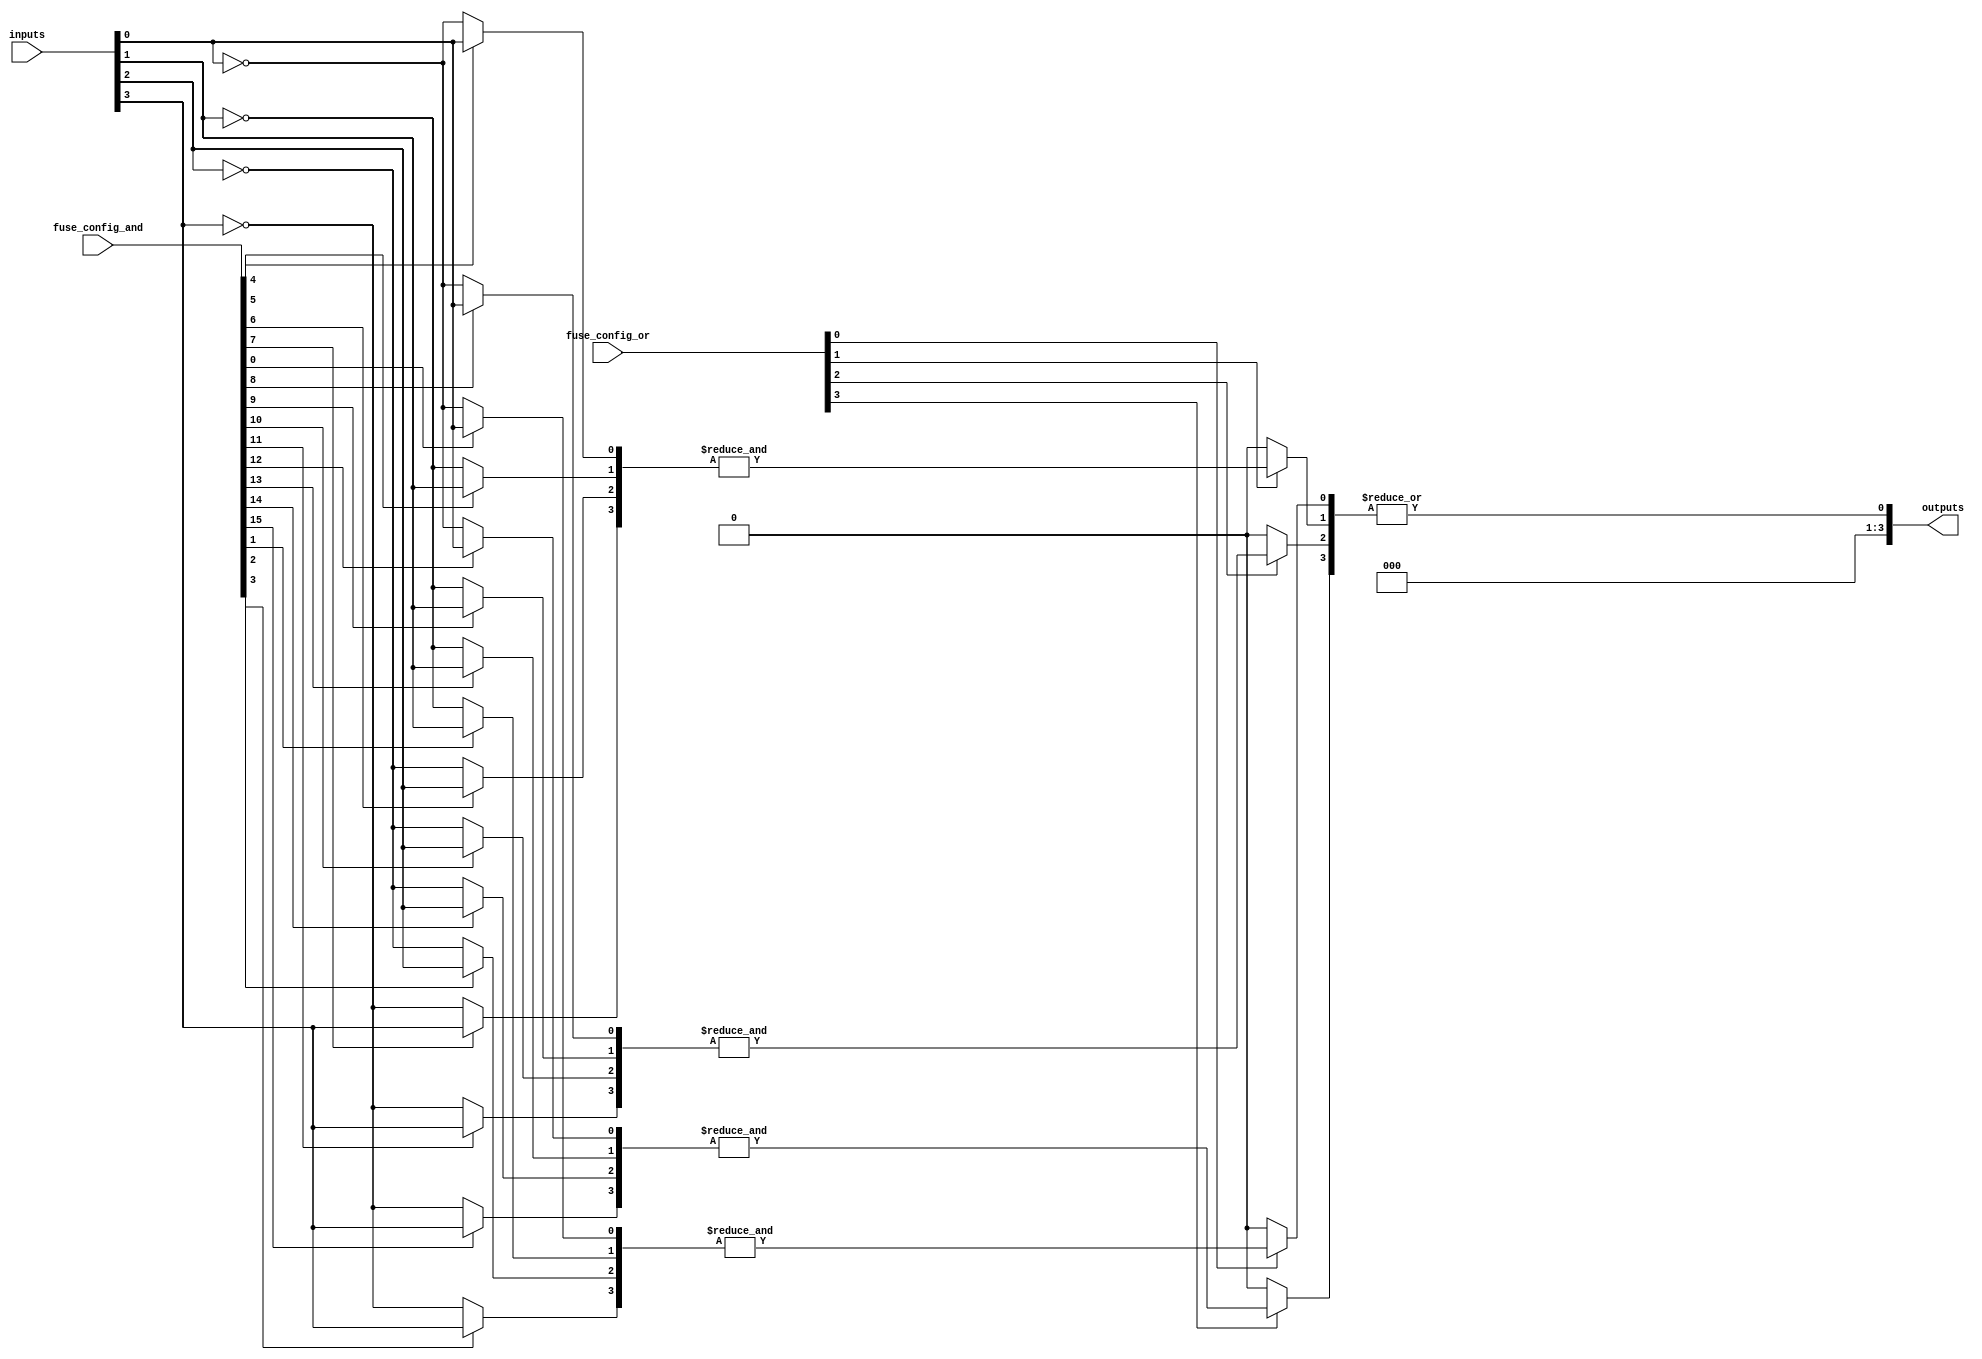
module PLA (
    input wire [N-1:0] inputs,           // N inputs
    input wire [M-1:0] fuse_config_and,   // Configuration for AND plane fuses (M rows)
    input wire [O-1:0] fuse_config_or,    // Configuration for OR plane fuses (O outputs)
    output wire [O-1:0] outputs           // Outputs
);

// Parameters
parameter N = 4;   // Number of inputs
parameter M = 16;  // Number of AND gates (product terms)
parameter O = 4;   // Number of outputs

// Declare internal wires for AND gate outputs
wire [M-1:0] and_out;

// AND Plane: programmable connections based on fuses
genvar i, j;

generate
    for (i = 0; i < M; i = i + 1) begin : AND_GATE
        wire [N-1:0] and_inputs;

        // Generate inputs for AND gate based on fuse configuration
        for (j = 0; j < N; j = j + 1) begin : INPUT_SELECTION
            assign and_inputs[j] = (fuse_config_and[i*N + j]) ? inputs[j] : ~inputs[j];
        end

        // AND gate logic
        assign and_out[i] = &and_inputs;  // AND operation
    end
endgenerate

// OR Plane: combines outputs from AND gates
genvar k;

generate
    for (k = 0; k < O; k = k + 1) begin : OR_GATE
        wire [M-1:0] or_inputs;
        
        // Generate inputs for OR gate based on fuse configuration
        for (j = 0; j < M; j = j + 1) begin : OR_INPUT_SELECTION
            assign or_inputs[j] = (fuse_config_or[k*M + j]) ? and_out[j] : 1'b0;
        end

        // OR gate logic
        assign outputs[k] = |or_inputs;  // OR operation
    end
endgenerate

endmodule